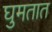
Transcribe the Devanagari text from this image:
घुमतात